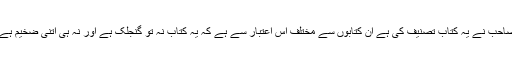
ہمیں طب سے متعلق کئی کتابیں ضرور ملتی ہیں لیکن جس پیرائے میں ڈاکٹر صاحب نے یہ کتاب تصنیف کی ہے ان کتابوں سے مختلف اس اعتبار سے ہے کہ یہ کتاب نہ تو گنجلک ہے اور نہ ہی اتنی ضخیم ہے کہ جسے دیکھ کر ڈر لگے بلکہ ہر کوئی بہ آسانی پڑھ کر استفادہ کرسکتا ہے۔